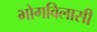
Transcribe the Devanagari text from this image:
भोगविलासी